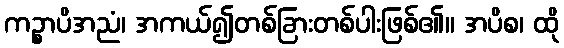
ကဉ္စာပိအညံ၊ အကယ်၍တစ်ခြားတစ်ပါးဖြစ်၏။ အပိစ၊ ထို